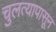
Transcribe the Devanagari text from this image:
चुलत्यापासून